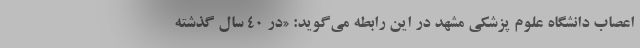
اعصاب دانشگاه علوم پزشکی مشهد در این رابطه می‌گوید: «در ۴۰ سال گذشته